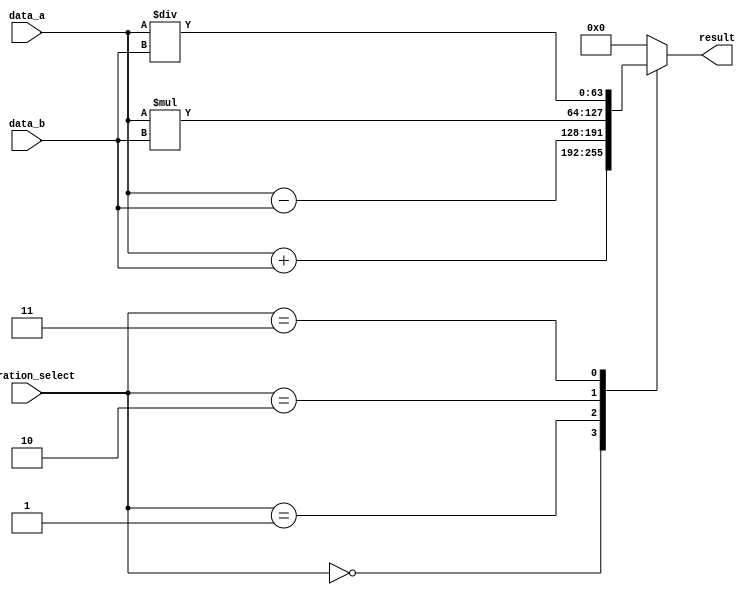
module ALU_64bit (
  input [63:0] data_a,
  input [63:0] data_b,
  input [2:0] operation_select,
  output reg [63:0] result
);

always @(*)
begin
  case(operation_select)
    3'b000: result = data_a + data_b; // Addition
    3'b001: result = data_a - data_b; // Subtraction
    3'b010: result = data_a * data_b; // Multiplication
    3'b011: result = data_a / data_b; // Division
    // Add more operations here as needed
    default: result = 64'h0000000000000000; // Default output
  endcase
end

endmodule